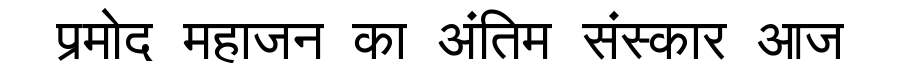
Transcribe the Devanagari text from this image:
प्रमोद महाजन का अंतिम संस्कार आज